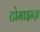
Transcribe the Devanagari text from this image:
टोमाइन्ज़